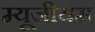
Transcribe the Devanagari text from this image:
म्यूजीयम